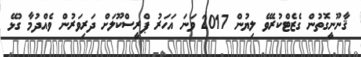
ޤާނޫނީގޮތުން ގެޒެޓްކުރެވޭ ލިޔުން 2017 ވަނަ އަހަރު ޕްރީސްކޫލަށް ދަރިވަރުން ވެއްދުމާ ގުޅޭ